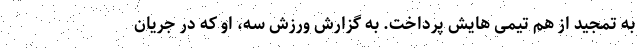
به تمجید از هم تیمی هایش پرداخت. به گزارش ورزش سه، او که در جریان